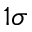
1 \sigma